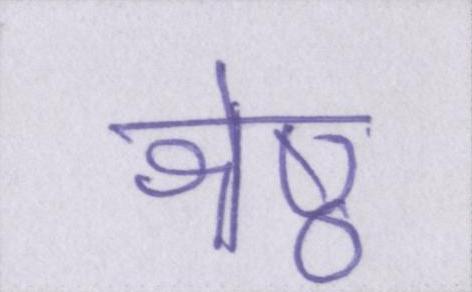
श्रेष्ठ